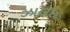
ઝાલોદ